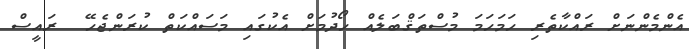
އެންމެންނަށް ރައްކާތެރި ހަމަހަމަ މުސްތަޤްބަލެއް ހޯދުމަށް އެކުގައި މަސައްކަތް ކުރަންޖެހޭ  ރައީސް